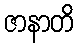
ဇာနာတိ